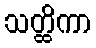
သတ္ထိကာ